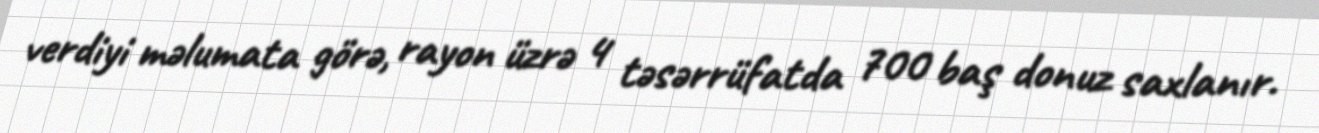
verdiyi məlumata görə, rayon üzrə 4 təsərrüfatda 700 baş donuz saxlanır.